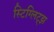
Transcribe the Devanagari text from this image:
स्टिग्लिट्झ